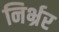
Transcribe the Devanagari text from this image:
निर्भ्रर